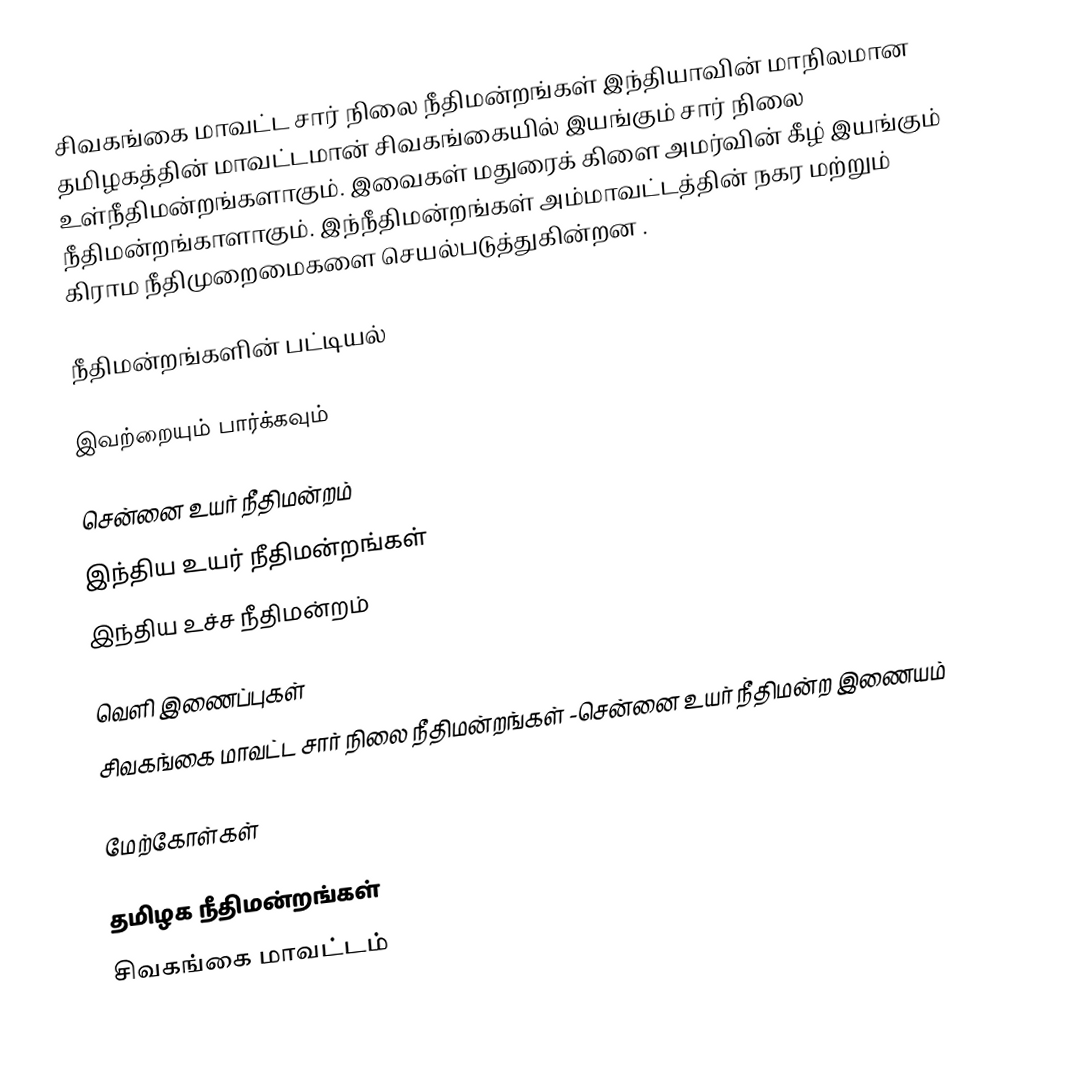
சிவகங்கை மாவட்ட சார் நிலை நீதிமன்றங்கள் இந்தியாவின் மாநிலமான தமிழகத்தின் மாவட்டமான் சிவகங்கையில் இயங்கும் சார் நிலை உள்நீதிமன்றங்களாகும். இவைகள் மதுரைக் கிளை அமர்வின் கீழ் இயங்கும் நீதிமன்றங்காளாகும். இந்நீதிமன்றங்கள் அம்மாவட்டத்தின் நகர மற்றும் கிராம நீதிமுறைமைகளை செயல்படுத்துகின்றன .

நீதிமன்றங்களின் பட்டியல்

இவற்றையும் பார்க்கவும்

சென்னை உயர் நீதிமன்றம்
இந்திய உயர் நீதிமன்றங்கள்
இந்திய உச்ச நீதிமன்றம்

வெளி இணைப்புகள்
சிவகங்கை மாவட்ட சார் நிலை நீதிமன்றங்கள் -சென்னை உயர் நீதிமன்ற இணையம்

மேற்கோள்கள்

தமிழக நீதிமன்றங்கள்
சிவகங்கை மாவட்டம்